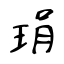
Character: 琄